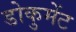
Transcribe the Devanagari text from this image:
डोकुमेंट